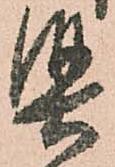
堅